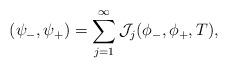
LaTeX: \begin{align*}(\psi_-,\psi_+)=\sum_{j=1}^\infty \mathcal{J}_j(\phi_-,\phi_+,T),\end{align*}